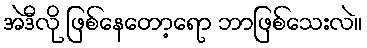
အဲဒီလို ဖြစ်နေတော့ရော ဘာဖြစ်သေးလဲ။